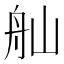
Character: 舢